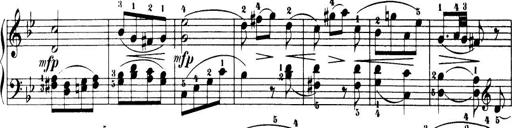
Title: 32 Sonatinas and Rondos for the Piano
Composer: Richard Kleinmichel